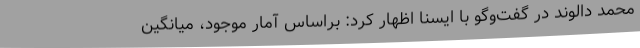
محمد دالوند در گفت‌وگو با ایسنا اظهار کرد: براساس آمار موجود، میانگین